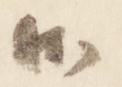
御